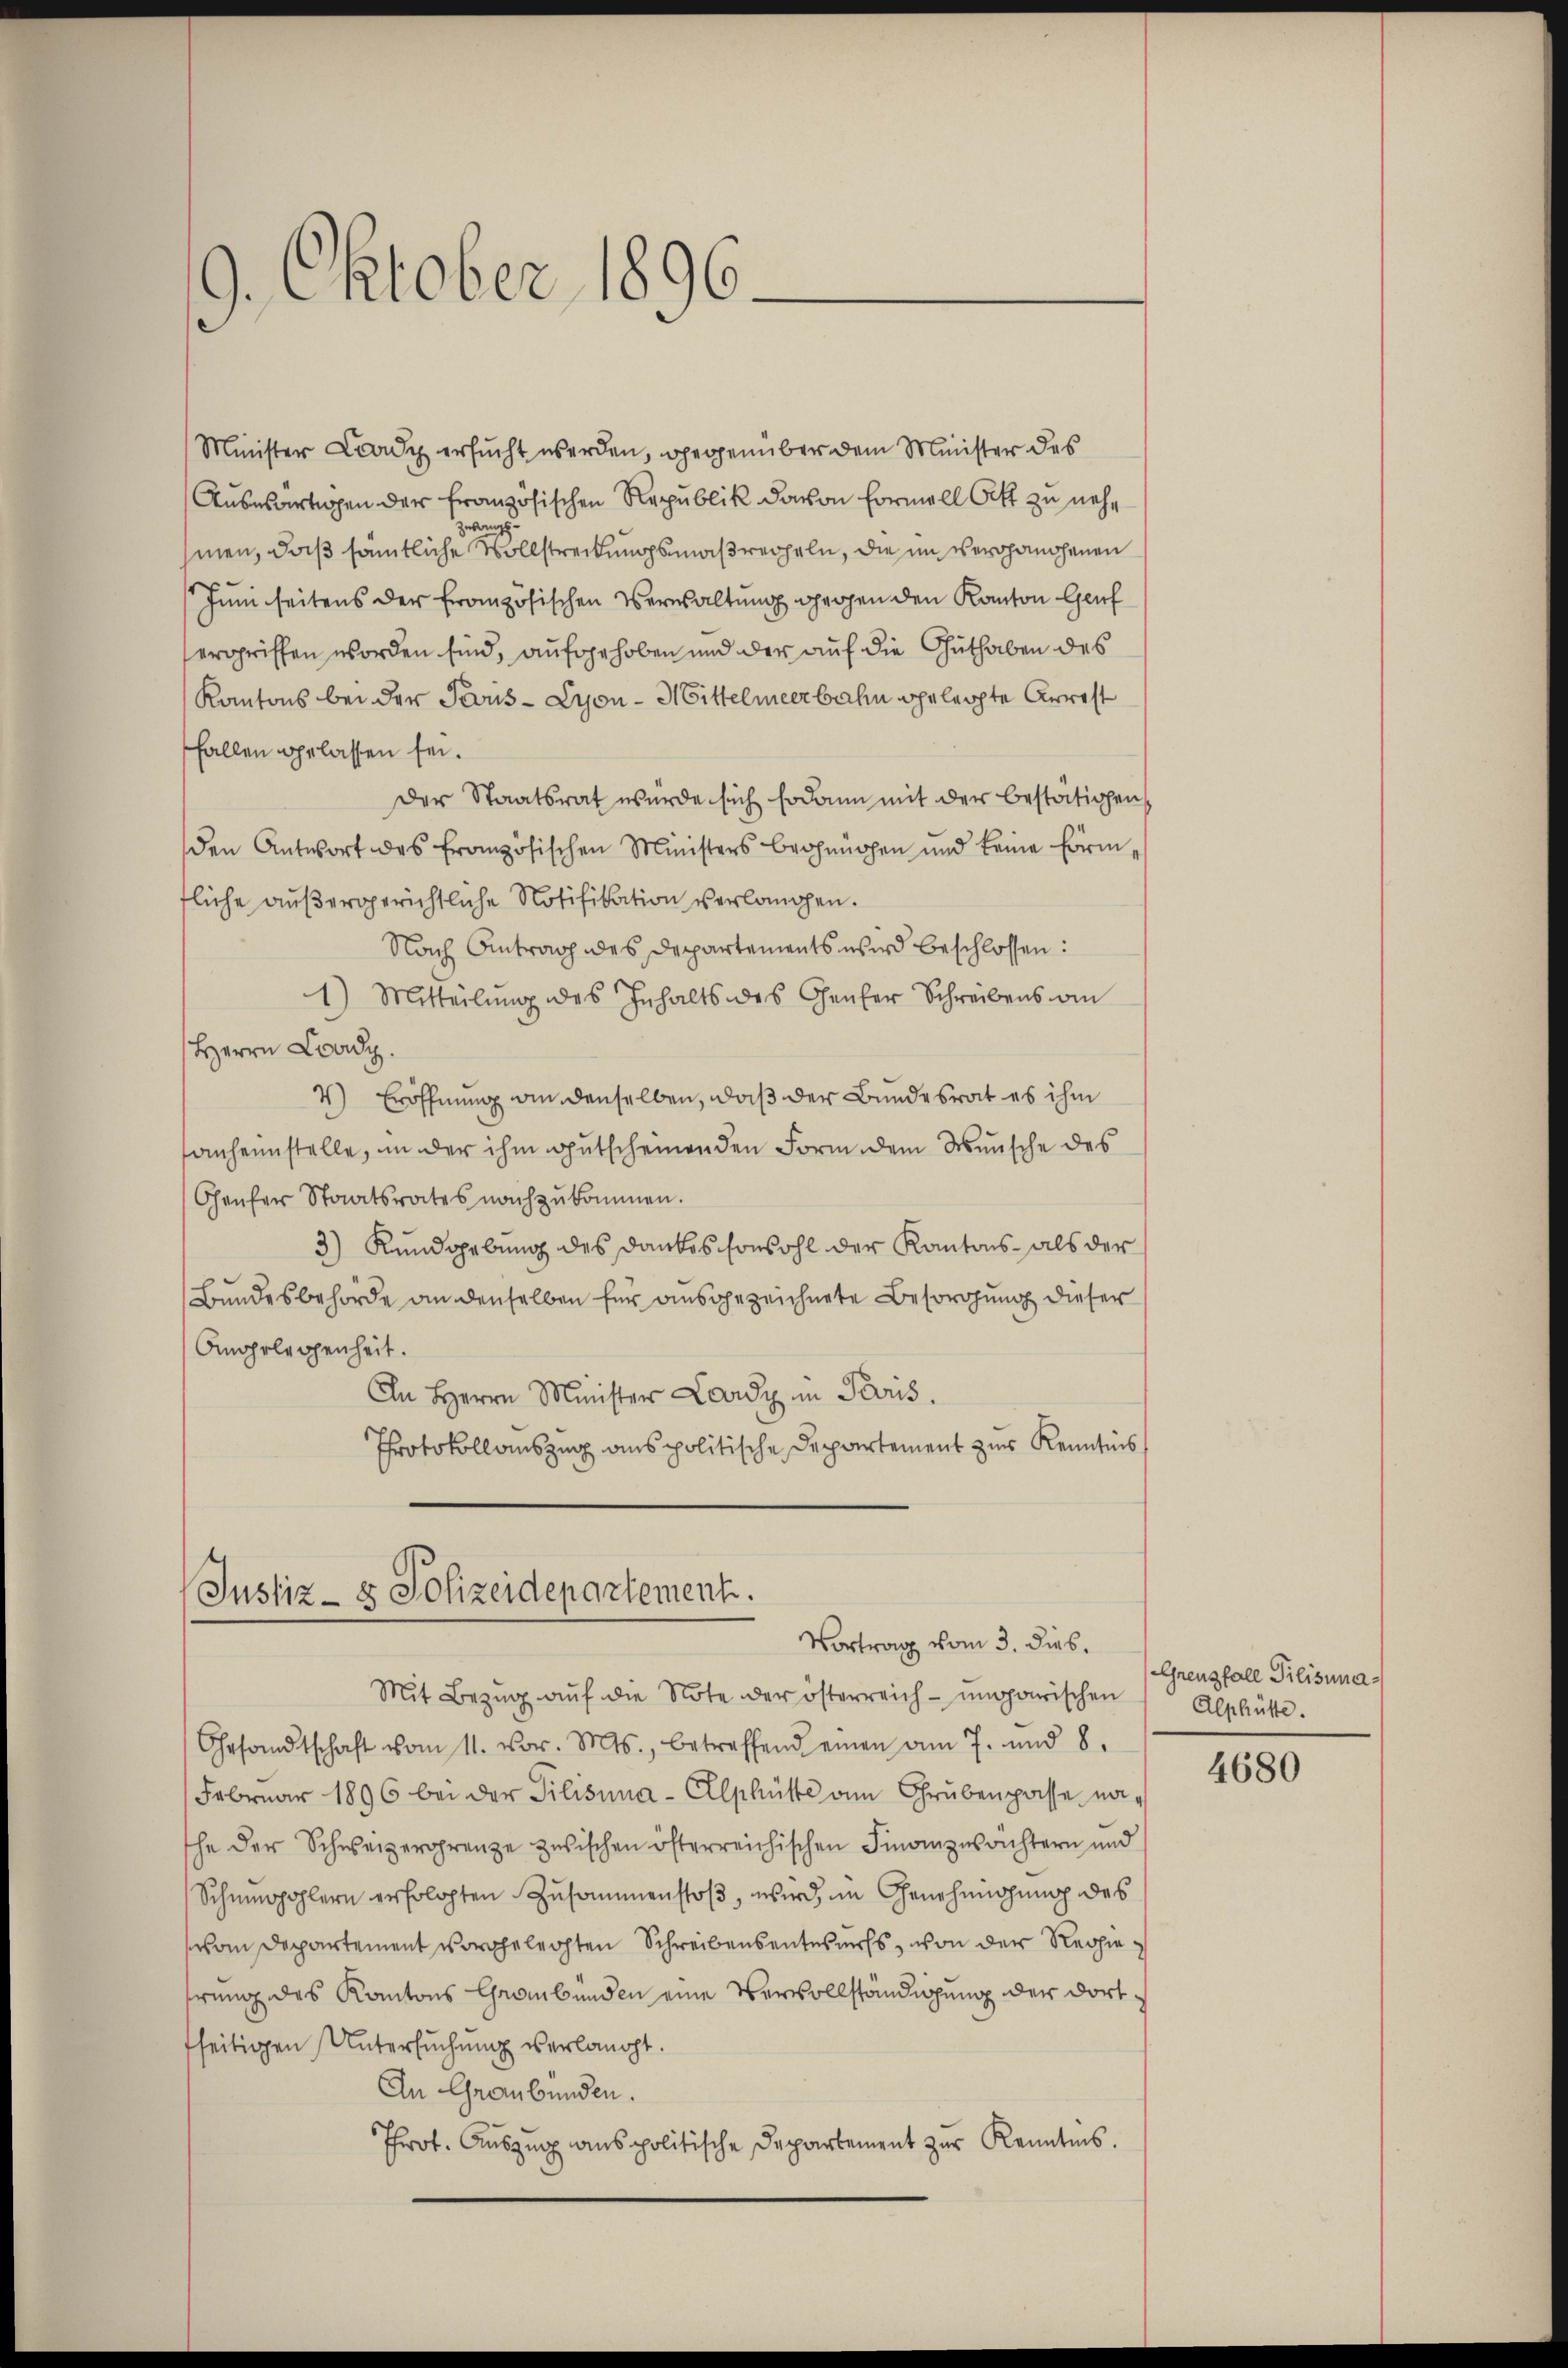
9. Oktober 1896

Minister Lady ersucht werden, gegenüber dem Minister des
Auswärtigen der französischen Republik davon Formell bett zu nehzwang
men, daß sämtliche Vollstreckungsmaßrecheln, die inscherchanchenen
Juni seitens der französischen Verwaltung gegen den Kanton Genf
ergriffen worden sind, aufgehoben und der auf die Guthaben des
Kantons bei der Paris - Lyon - Mittelmeerbahn geleihte Arrest
fallen gelassen sei.
Der Staatsrat wurde sich sodann mit der bestätigen,
den Antwort des französischen Ministers brohnüppen und keine förmfliche außergerichtliche Notifikation verlangen.
Nach Antrag des Departements wird beschlossen:
1) Mitteilung des Inhalts des Gener Schreibens am
Herrn Lardy.
4) Eröffnung an denselben, daß der Bundesrat es ihm
sanheimstelle, in der ihm gutscheinen den Form dem Wunsche des
Chenfer Staatsrates nachzukommen.
3) Kundgebung des Dankes sowohl der Kantons- als der
Bundesbehörde an denselben für ausgezeichnete Besorgung dieser
Angelegenheit.
An Herrn Minister Lardy in Paris.
Protokollauszug aus politische Departement zur Kenntnis
Justiz- & Polizeidepartement.
Vortrag vom 3. dies.
Mit Bezug auf die Note der österreich- umarischen
Gesandtschaft vom 11. vor. Mts., betreffend einen am 7. und 8.
Februar 1896 bei der Pilisina - Alphütte am Grubenpasse nathe der Schweizergrenze zwischen österreichischen Finanzwachtern und
Schmidhöhlern erfolgten Zusammenstoß, wird, im Genehmigung des
von Departement vorgelegten Schreibensentes nicht, von der Regieerung des Kantons Grombenden eine Vervollständigung der dortfseitigen Untersuchung verlangt.
An Graubünden.
Prot. Auszug aus politische Departement zur Kenntnis.

Greuzfall Pilisuma¬
Alphütte.

4680